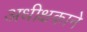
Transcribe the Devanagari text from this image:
अधीक्षकाने